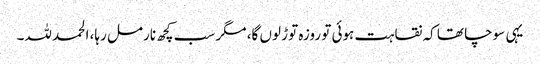
یہی سوچا تھا کہ نقاہت ہوئی تو روزہ توڑ لوں گا، مگر سب کچھ نارمل رہا، الحمد للہ۔